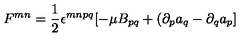
F ^ { m n } = \frac { 1 } { 2 } \epsilon ^ { m n p q } [ - \mu B _ { p q } + ( \partial _ { p } a _ { q } - \partial _ { q } a _ { p } ]